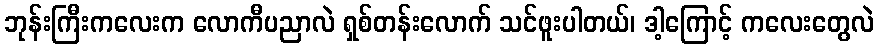
ဘုန်းကြီးကလေးက လောကီပညာလဲ ရှစ်တန်းလောက် သင်ဖူးပါတယ်၊ ဒါ့ကြောင့် ကလေးတွေလဲ